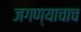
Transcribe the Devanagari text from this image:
जगण्याचाच